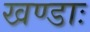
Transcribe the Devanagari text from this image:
खण्डाः